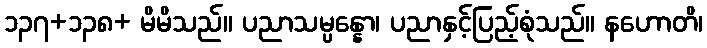
၁၃၇+၁၃၈+ မိမိသည်။ ပညာသမ္ပန္နော၊ ပညာနှင့်ပြည့်စုံသည်။ နဟောတိ၊